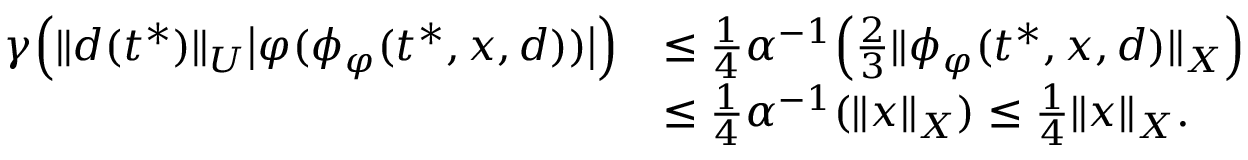
\begin{array} { r l } { \gamma \Big ( \| d ( t ^ { * } ) \| _ { U } \big | \varphi ( \phi _ { \varphi } ( t ^ { * } , x , d ) ) \big | \Big ) } & { \leq \frac { 1 } { 4 } \alpha ^ { - 1 } \Big ( \frac { 2 } { 3 } \| \phi _ { \varphi } ( t ^ { * } , x , d ) \| _ { X } \Big ) } \\ & { \leq \frac { 1 } { 4 } \alpha ^ { - 1 } ( \| x \| _ { X } ) \leq \frac { 1 } { 4 } \| x \| _ { X } . } \end{array}